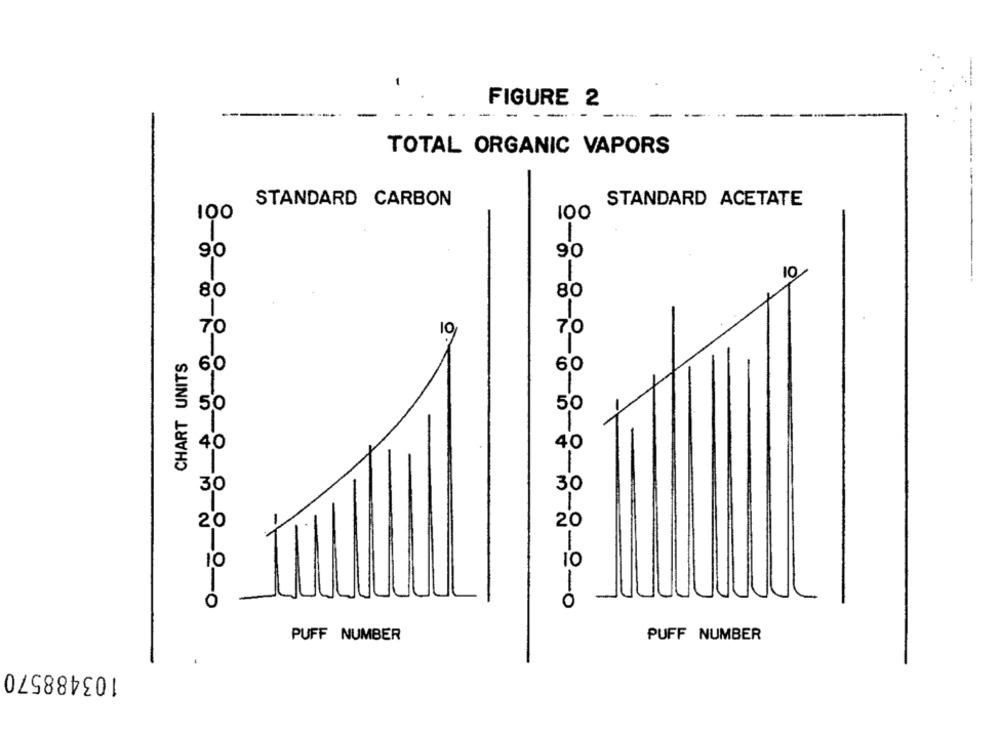
FIGURE 2
-
TOTAL ORGANIC VAPORS
STANDARD CARBON
STANDARD ACETATE
100
100
1
90
90
1
1
10
80
80
10
7,0
CHART UNITS
60
60
50
40
30
30
20
20
1
10
10
-
PUFF NUMBER
PUFF NUMBER
103488570